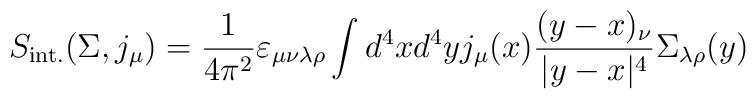
S_{\rm int.}(\Sigma, j_\mu)=\frac{1}{4\pi^2}\varepsilon_{\mu\nu\lambda\rho}\int d^4xd^4y j_\mu(x)\frac{(y-x)_\nu}{|y-x|^4}\Sigma_{\lambda\rho}(y)